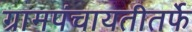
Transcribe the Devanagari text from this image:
ग्रामपंचायतीतर्फे